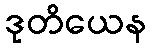
ဒုတိယေန